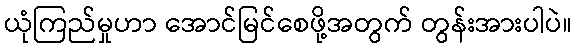
ယုံကြည်မှုဟာ အောင်မြင်စေဖို့အတွက် တွန်းအားပါပဲ။